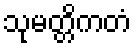
သုမတ္တိကတံ